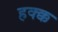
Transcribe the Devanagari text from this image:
हक्क्क